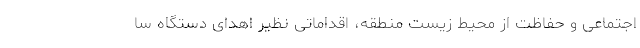
اجتماعی و حفاظت از محیط زیست منطقه، اقداماتی نظیر اهدای دستگاه سا